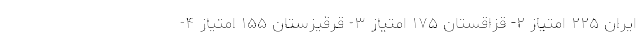
ایران ۲۲۵ امتیاز ۲- قزاقستان ۱۷۵ امتیاز ۳- قرقیزستان ۱۵۵ امتیاز ۴-